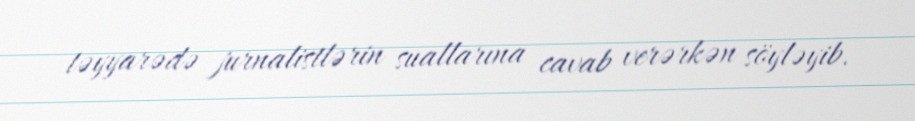
təyyarədə jurnalistlərin suallarına cavab verərkən söyləyib.